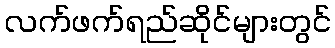
လက်ဖက်ရည်ဆိုင်များတွင်